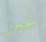
غير